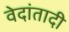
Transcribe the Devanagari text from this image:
वेदांतादी